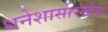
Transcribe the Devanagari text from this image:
धनेशासारखेच